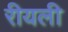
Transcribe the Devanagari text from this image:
रीयली